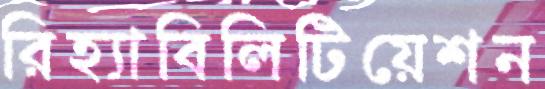
রিহ্যাবিলিটিয়েশন